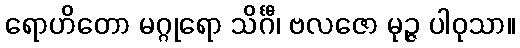
ရောဟိတော မဂ္ဂုရော သိင်္ဂီ၊ ဗလဇော မုဉ္ဇ ပါဝုသာ။